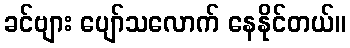
ခင်ဗျား ပျော်သလောက် နေနိုင်တယ်။